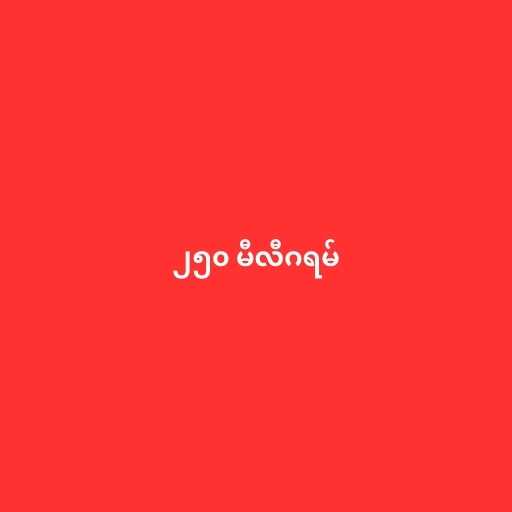
၂၅၀ မီလီဂရမ်